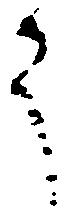
之